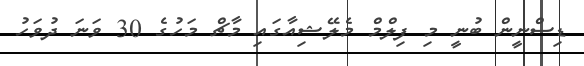
ޑިސްނީން ބުނީ މި ފިލްމް މެލޭޝިއާގައި މާޗް މަހުގެ 30 ވަނަ ދުވަހު